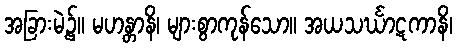
အခြားမဲ့၌။ မဟန္တာနိ၊ များစွာကုန်သော။ အယသင်္ဃာဋကာနိ၊